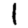
Digit: 1